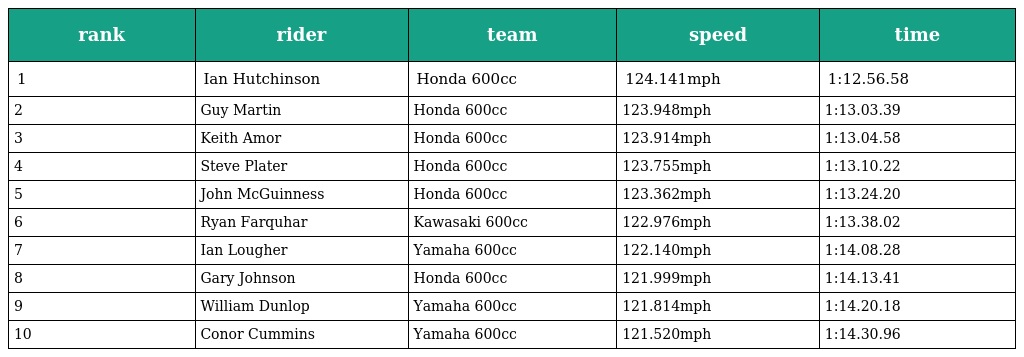
| rank | rider | team | speed | time |
 | --- | --- | --- | --- | --- |
 | 1 | Ian Hutchinson | Honda 600cc | 124.141mph | 1:12.56.58 |
 | 2 | Guy Martin | Honda 600cc | 123.948mph | 1:13.03.39 |
 | 3 | Keith Amor | Honda 600cc | 123.914mph | 1:13.04.58 |
 | 4 | Steve Plater | Honda 600cc | 123.755mph | 1:13.10.22 |
 | 5 | John McGuinness | Honda 600cc | 123.362mph | 1:13.24.20 |
 | 6 | Ryan Farquhar | Kawasaki 600cc | 122.976mph | 1:13.38.02 |
 | 7 | Ian Lougher | Yamaha 600cc | 122.140mph | 1:14.08.28 |
 | 8 | Gary Johnson | Honda 600cc | 121.999mph | 1:14.13.41 |
 | 9 | William Dunlop | Yamaha 600cc | 121.814mph | 1:14.20.18 |
 | 10 | Conor Cummins | Yamaha 600cc | 121.520mph | 1:14.30.96 |